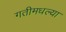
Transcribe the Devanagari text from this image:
गतीमधल्या